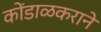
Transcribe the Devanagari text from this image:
कोंडाळकराने